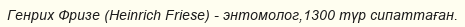
Генрих Фризе (Heinrich Friese) - энтомолог,1300 түр сипаттаған.